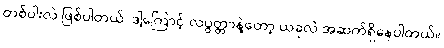
တစ်ပါးလဲ ဖြစ်ပါတယ်၊ ဒါ့ကြောင့် လပွတ္တာနဲ့တော့ ယခုလဲ အဆက်ရှိနေပါတယ်။